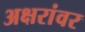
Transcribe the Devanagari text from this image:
अक्षरांवर